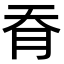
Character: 𦙖